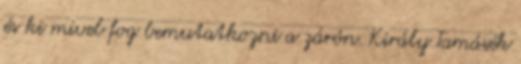
és ki mivel fog bemutatkozni a zárón. Király Tamásék